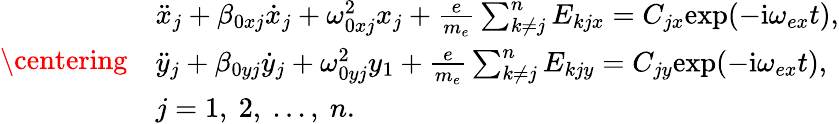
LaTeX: \centering\begin{array}{rl}&{\ddot{x}_{j}+\beta_{0xj}\dot{x}_{j}+\omega_{0xj}^{2}x_{j}+\frac{e}{m_{e}}\sum_{k\neq j}^{n}E_{kjx}=C_{jx}\mathrm{exp}(-\mathrm{i}\omega_{ex}t),}\\ &{\ddot{y}_{j}+\beta_{0yj}\dot{y}_{j}+\omega_{0yj}^{2}y_{1}+\frac{e}{m_{e}}\sum_{k\neq j}^{n}E_{kjy}=C_{jy}\mathrm{exp}(-\mathrm{i}\omega_{ex}t),}\\ &{j=1,~2,~...,~n.}\end{array}